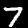
Digit: 7